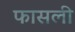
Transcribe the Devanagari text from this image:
फासली